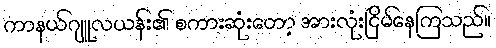
ကာနယ်ဂျူလယန်း၏ စကားဆုံးတော့ အားလုံးငြိမ်နေကြသည်။